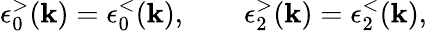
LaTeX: \epsilon_{0}^{>}(\mathbf{k})=\epsilon_{0}^{<}(\mathbf{k}),\qquad\epsilon_{2}^{>}(\mathbf{k})=\epsilon_{2}^{<}(\mathbf{k}),